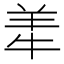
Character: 𬙮